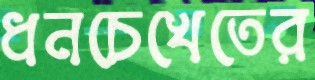
ধনচেখেতের